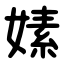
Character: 嫊